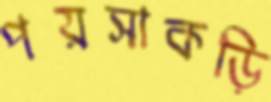
পয়সাকড়ি